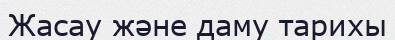
Жасау және даму тарихы